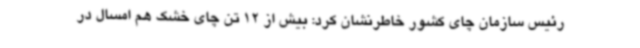
رئیس سازمان چای کشور خاطرنشان کرد: بیش از 12 تن چای خشک هم امسال در